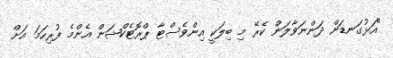
"އަޅުގަނޑަށް ދަންނަވާލަން ކެރޭ މި ބިލަކީ އިންވެސްޓާ ޕްރޮޓެކްޝަން އެންމެ ފުރިހަމަ އަށް